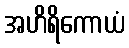
အဟိရိကောယံ